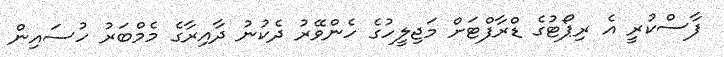
ފާސްކުރީ އެ ރިޕޯޓުގެ ޑްރާފްޓަށް މަޖިލީހުގެ ހެންވޭރު ދެކުނު ދާއިރާގެ މެމްބަރު ހުސައިން